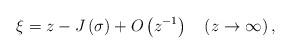
LaTeX: \begin{align*}\xi=z-J\left( \sigma\right) +{O}\left( {z^{-1}}\right)\quad\left( {z\rightarrow\infty}\right) , \end{align*}